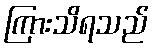
ကြားသိရသည်